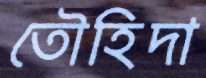
তৌহিদা